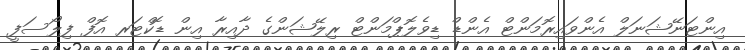
އިންޓަނޭޝަނަލް އެންވައިރޮމަންޓް އެންޑް ޑިވެލޮޕްމަންޓް ރިލޭޝަންގެ ދާއިރާ އިން ޑޮކްޓަރ އޮފް ފިލޯސަފީ